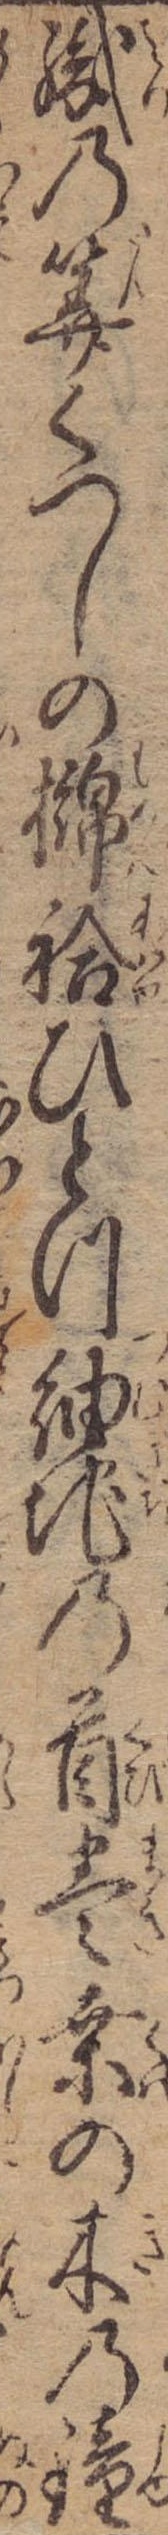
織の算くつしの袷ひとつ紬地の首巻桑の木の鐘